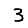
Digit: 3